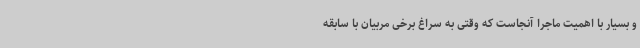
و بسیار با اهمیت ماجرا آنجاست که وقتی به سراغ برخی مربیان با سابقه